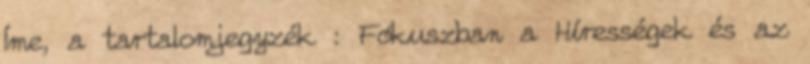
Íme, a tartalomjegyzék : Fókuszban a Hírességek és az